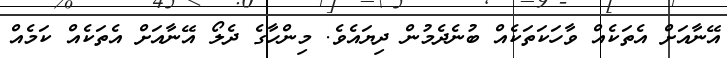
އޭނާއަށް އެތަކެއް ވާހަކަތަކެއް ބުނެދެމުން ދިޔައެވެ. މިންހާގެ ދެލޯ އޭނާއަށް އެތަކެއް ކަމެއް